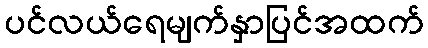
ပင်လယ်ရေမျက်နှာပြင်အထက်